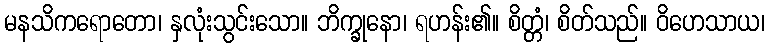
မနသိကရောတော၊ နှလုံးသွင်းသော။ ဘိက္ခုနော၊ ရဟန်း၏။ စိတ္တံ၊ စိတ်သည်။ ဝိဟေသာယ၊